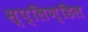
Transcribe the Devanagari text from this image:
स्प्लिण्डिल